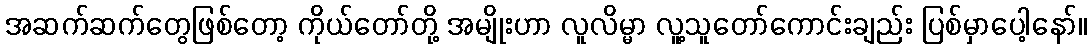
အဆက်ဆက်တွေဖြစ်တော့ ကိုယ်တော်တို့ အမျိုးဟာ လူလိမ္မာ လူ့သူတော်ကောင်းချည်း ပြစ်မှာပေါ့နော်။